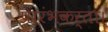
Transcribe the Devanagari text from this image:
प्रारंभकर्ता।